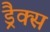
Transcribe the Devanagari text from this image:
ड्रैक्स